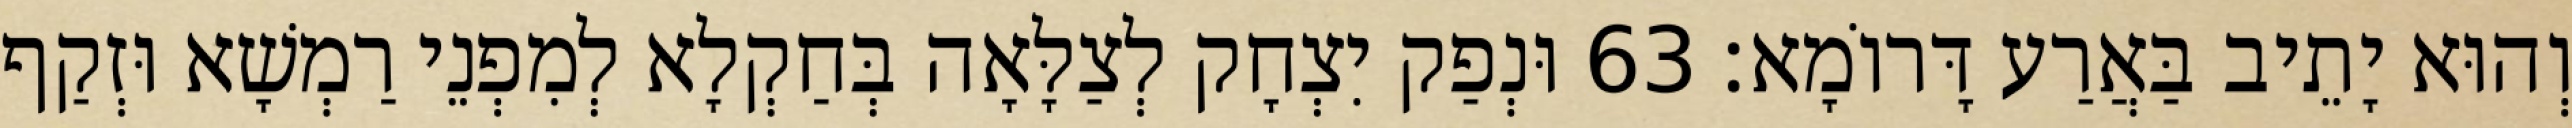
וְהוּא יָתֵיב בַּאֲרַע דָּרוֹמָא׃ 63 וּנְפַק יִצְחָק לְצַלָּאָה בְּחַקְלָא לְמִפְנֵי רַמְשָׁא וּזְקַף